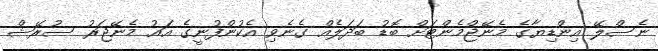
ނެސްލޭ އިންޑިޔާގެ މެނޭޖްމެންޓަށް ބޮޑު ބަދަލެއް ގެނެވި އެކުންފުނީގެ އައު މެނޭޖަރު ސުރޭޝް